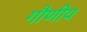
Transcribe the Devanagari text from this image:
गौणीय